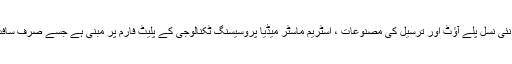
پکسل پاور. "آؤٹومیشن ، گرافکس اور برانڈنگ سمیت ہماری نئی نسل پلے آؤٹ اور ترسیل کی مصنوعات ، اسٹریم ماسٹر میڈیا پروسیسنگ ٹکنالوجی کے پلیٹ فارم پر مبنی ہے جسے صرف سافٹ ویئر کے استعمال سے آسانی سے اپ ڈیٹ کیا جاسکتا ہے۔